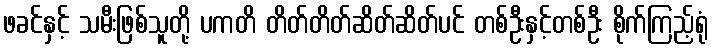
ဖခင်နှင့် သမီးဖြစ်သူတို့ ပကတိ တိတ်တိတ်ဆိတ်ဆိတ်ပင် တစ်ဦးနှင့်တစ်ဦး စိုက်ကြည့်ရုံ